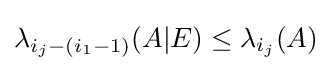
{\textstyle \lambda _{i_{j}-(i_{1}-1)}(A|E)\leq \lambda _{i_{j}}(A)}